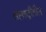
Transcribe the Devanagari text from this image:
सह्य़ाद्रीतील